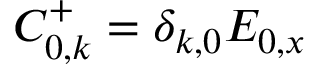
C _ { 0 , k } ^ { + } = \delta _ { k , 0 } E _ { 0 , x }